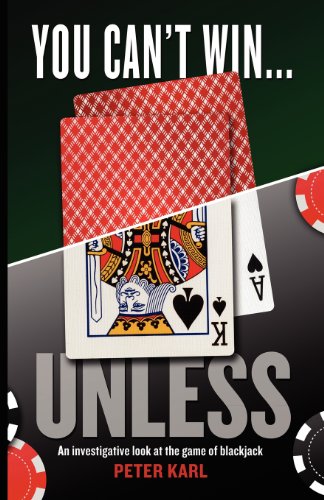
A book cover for You Can't Win...UNLESS An Investigative look at the game of blackjack; Peter Karl; Humor & Entertainment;